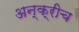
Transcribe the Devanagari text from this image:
अन्क्रीच